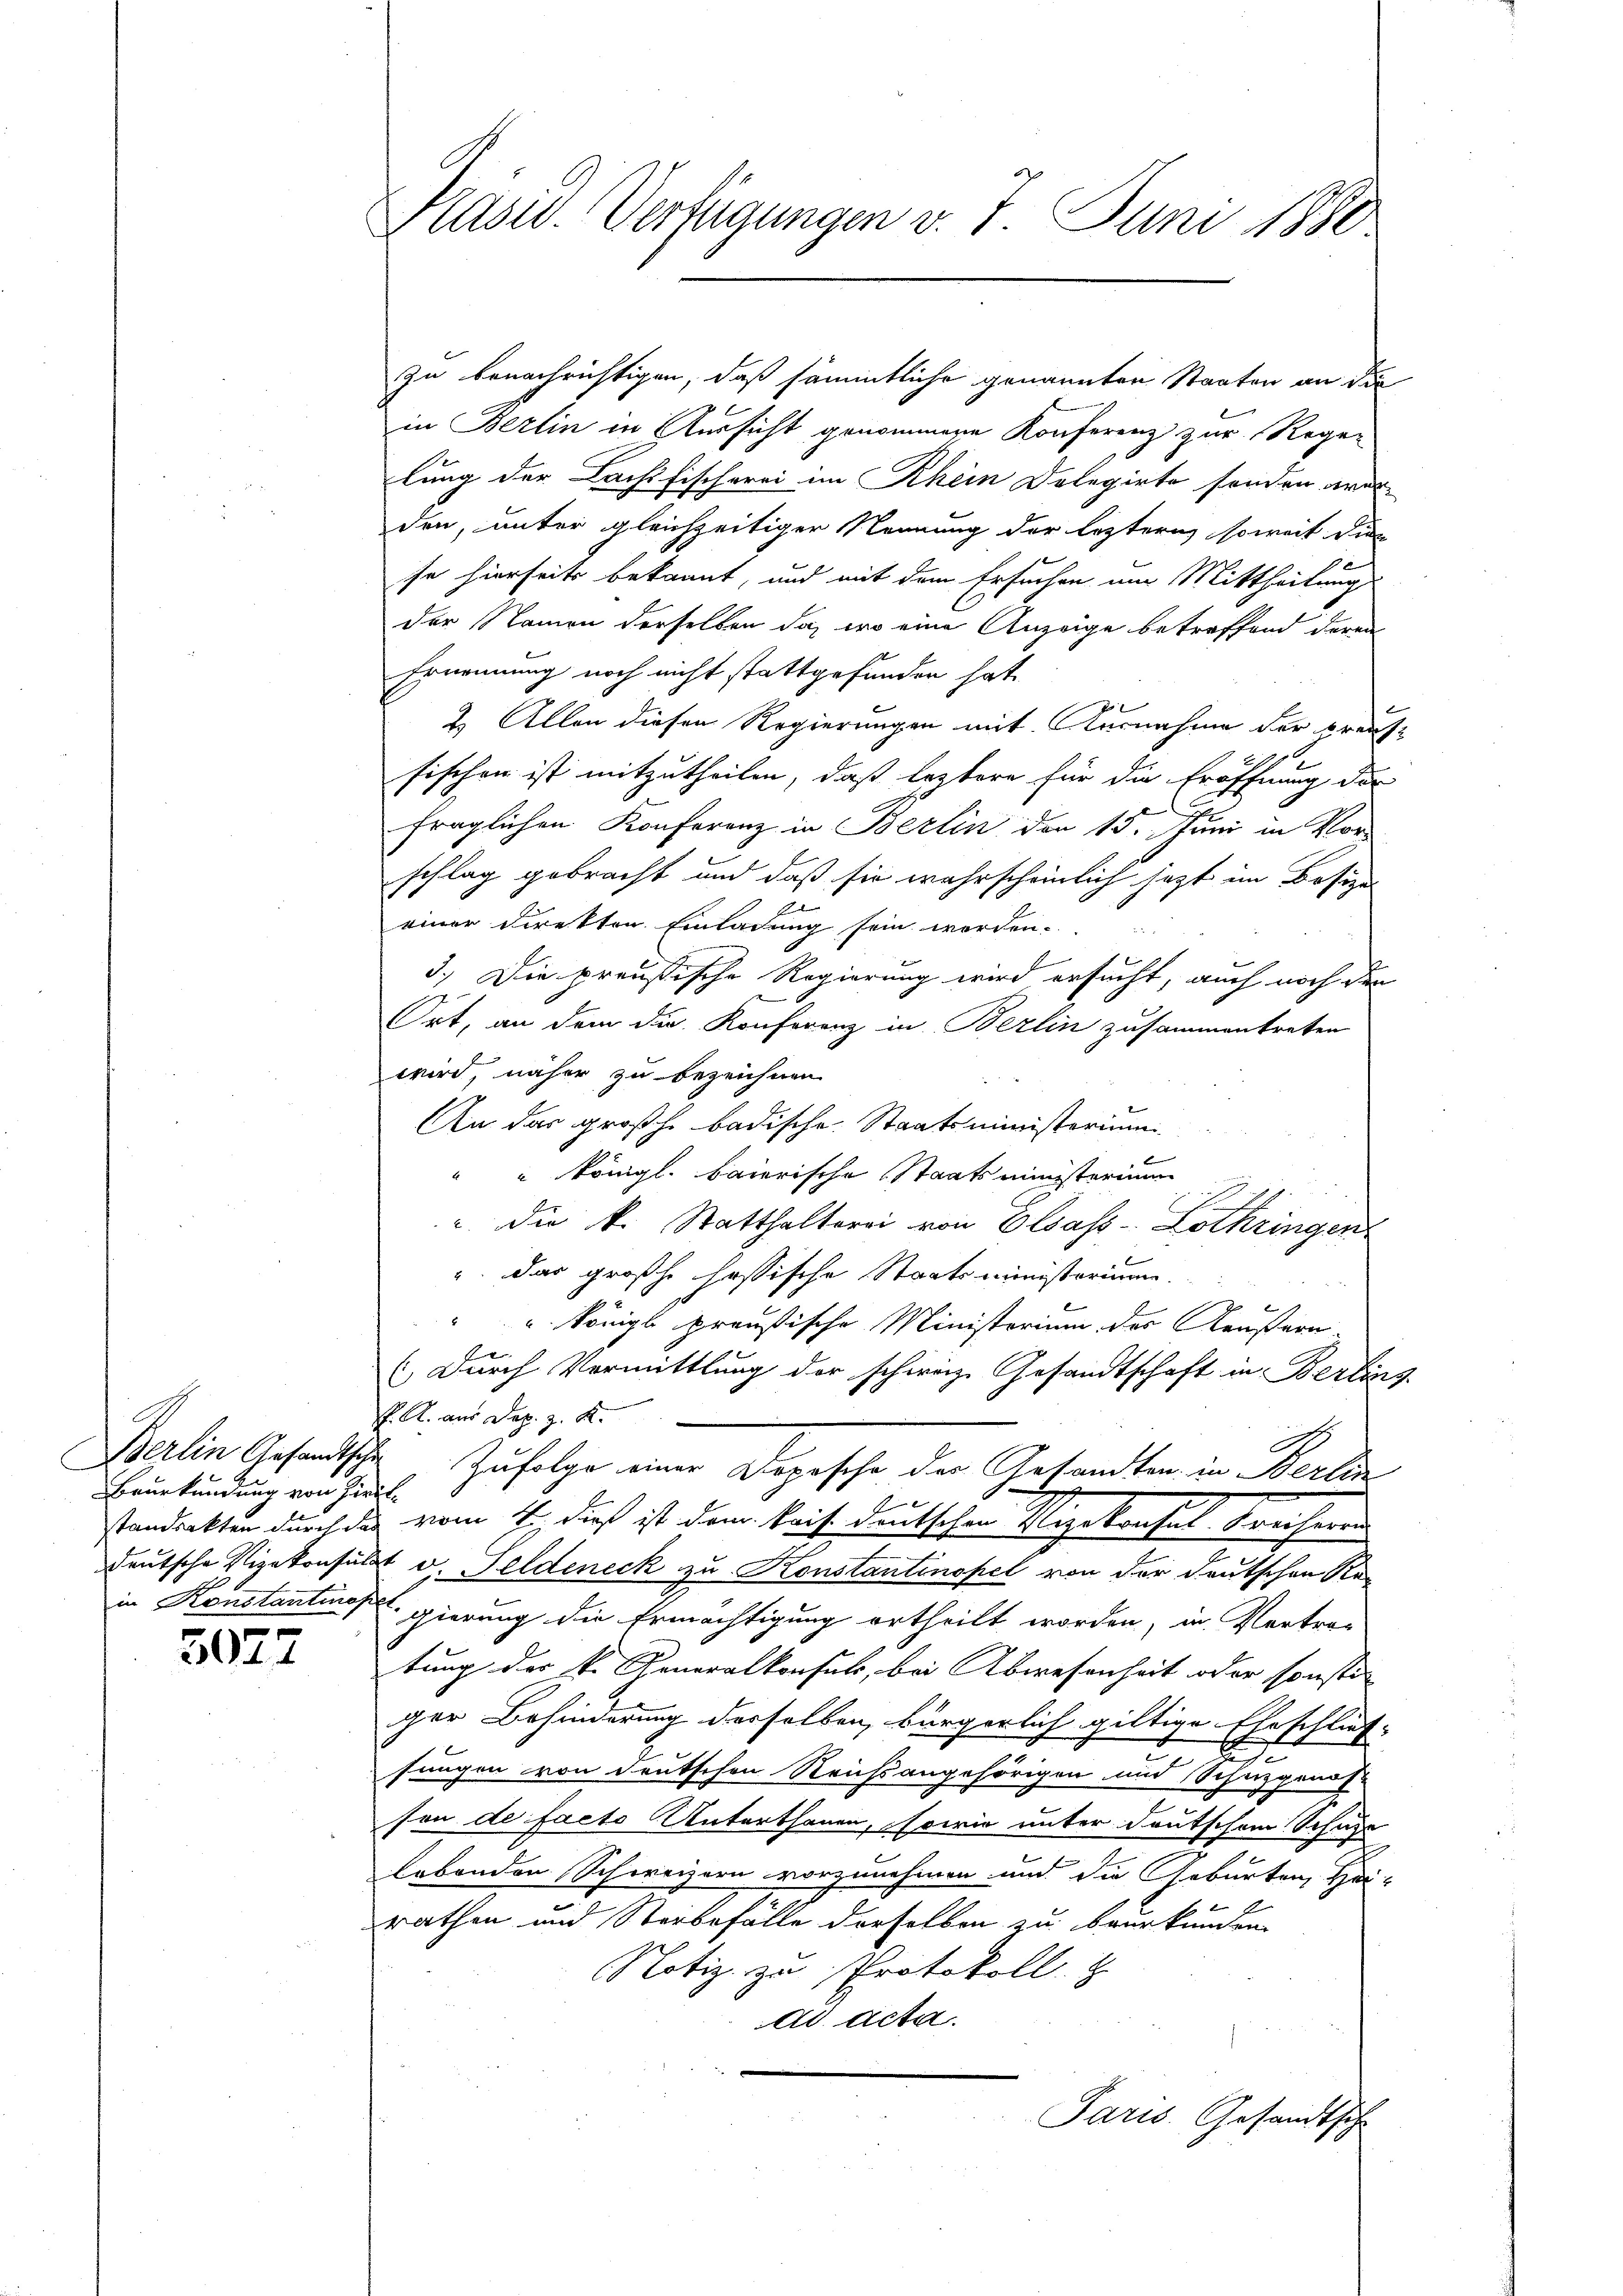
Berlin Gesandtsche
Beurkundung von Zirk
standsakten durch das
deutsche Vizekonsuls

3027

Pasis. Verfügungen v. 7. Juni 1880

zu benachrichtigen, daß sämmtliche genannten Staaten an die
in Berlin in Aussicht genommene Konferenz zur Rege-
lung der Dachsfischerei im Rhein Delegirte sonden worden, unter gleichzeitiger Nennung der leztern soweit dien
se hierseits bekannt, und mit dem Ersuchen um Mittheilung
der Namen derselben da, wo eine Anzeige betreffend deren
Ernennung noch nicht stattgefunden hat.
2. Allen diesen Regierungen mit Ausnahme der Braussischen ist mitzutheilen, daß leztere für die Eröffnung der
fraglichen Konferenz in Berlin den 15. Juni in Vor-
schlag gebracht und daß sie wahrscheinlich jezt im Besizes
einer Direkten Einladung sein worden.

3.) Die preußische Regierung wird ersucht, auch noch den
Ort, an dem Dr. Konferenz in Berlin zusammentreten
wird, näher zu bezeichnen
An das großh. badische Staatsministerium
“ königl. baierische Staatsministerium
F
" die k. Statthalterei von Olsass-Lothringen
u. das großhe hassische Staatsministorium.
" Königl preußische Ministerium des Aeußern-
( Durch Vermittlung der schweiz. Gesandtschaft in Berling
P. R. aus Dep. z. K.
2 Zufolge eine Depesche der Gesandten in Berlin
 vom 4. dieß ist dem kais deutschen Vizekonsul Freiherrn
 v. Feldeneck zu Konstantinopel von der deutschen Rein Konstantinopel gierung die Ermächtigung ertheilt worden, in Vertra-
tung der k. Generalkonsuls, bei Abwesenheit oder sonste |
ger Behinderung derselben, bürgerlich giltige Eheschlies-
d
sungen von deutschen Reichsangehörigen und Schuzgangse
son de facto Unterthanen, sowie unter deutschem Schule
lebenden Schweizern vorzunehmen und die Geburten, Hei-
b
rathen und Sterbefälle derselben zu beurkunden.
Notiz zu Protokoll. Z
ad acta.
Paris Gesandtsche